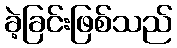
ခဲ့ခြင်းဖြစ်သည်